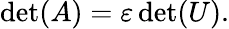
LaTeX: \operatorname*{det}(A)=\varepsilon\operatorname*{det}(U).